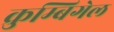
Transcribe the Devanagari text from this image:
क्रुम्बिगेल